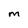
Character: M